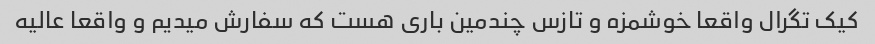
کیک تگرال واقعا خوشمزه و تازس چندمین باری هست که سفارش میدیم و واقعا عالیه